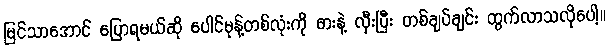
မြင်သာအောင် ပြောရမယ်ဆို ပေါင်မုန့်တစ်လုံးကို ဓားနဲ့ လှီးပြီး တစ်ချပ်ချင်း ထွက်လာသလိုပေါ့။